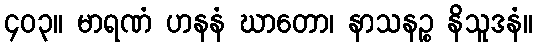
၄၀၃။ မာရဏံ ဟနနံ ဃာတော၊ နာသနဉ္စ နိသူဒနံ။